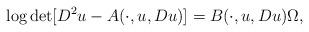
LaTeX: \begin{align*} \log \det[D^2u-A(\cdot,u,Du)] = B(\cdot,u,Du) \Omega, \end{align*}